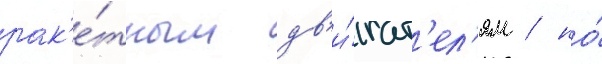
рак'е́тным дв'и́гат'ел'ям / но́